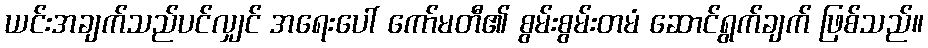
ယင်းအချက်သည်ပင်လျှင် အရေးပေါ် ကော်မတီ၏ စွမ်းစွမ်းတမံ ဆောင်ရွက်ချက် ဖြစ်သည်။